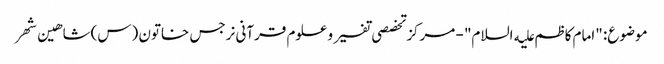
موضوع: "امام کاظم علیه السلام" - مرکز تخصصی تفسیر و علوم قرآنی نرجس خاتون (س)شاهین شهر